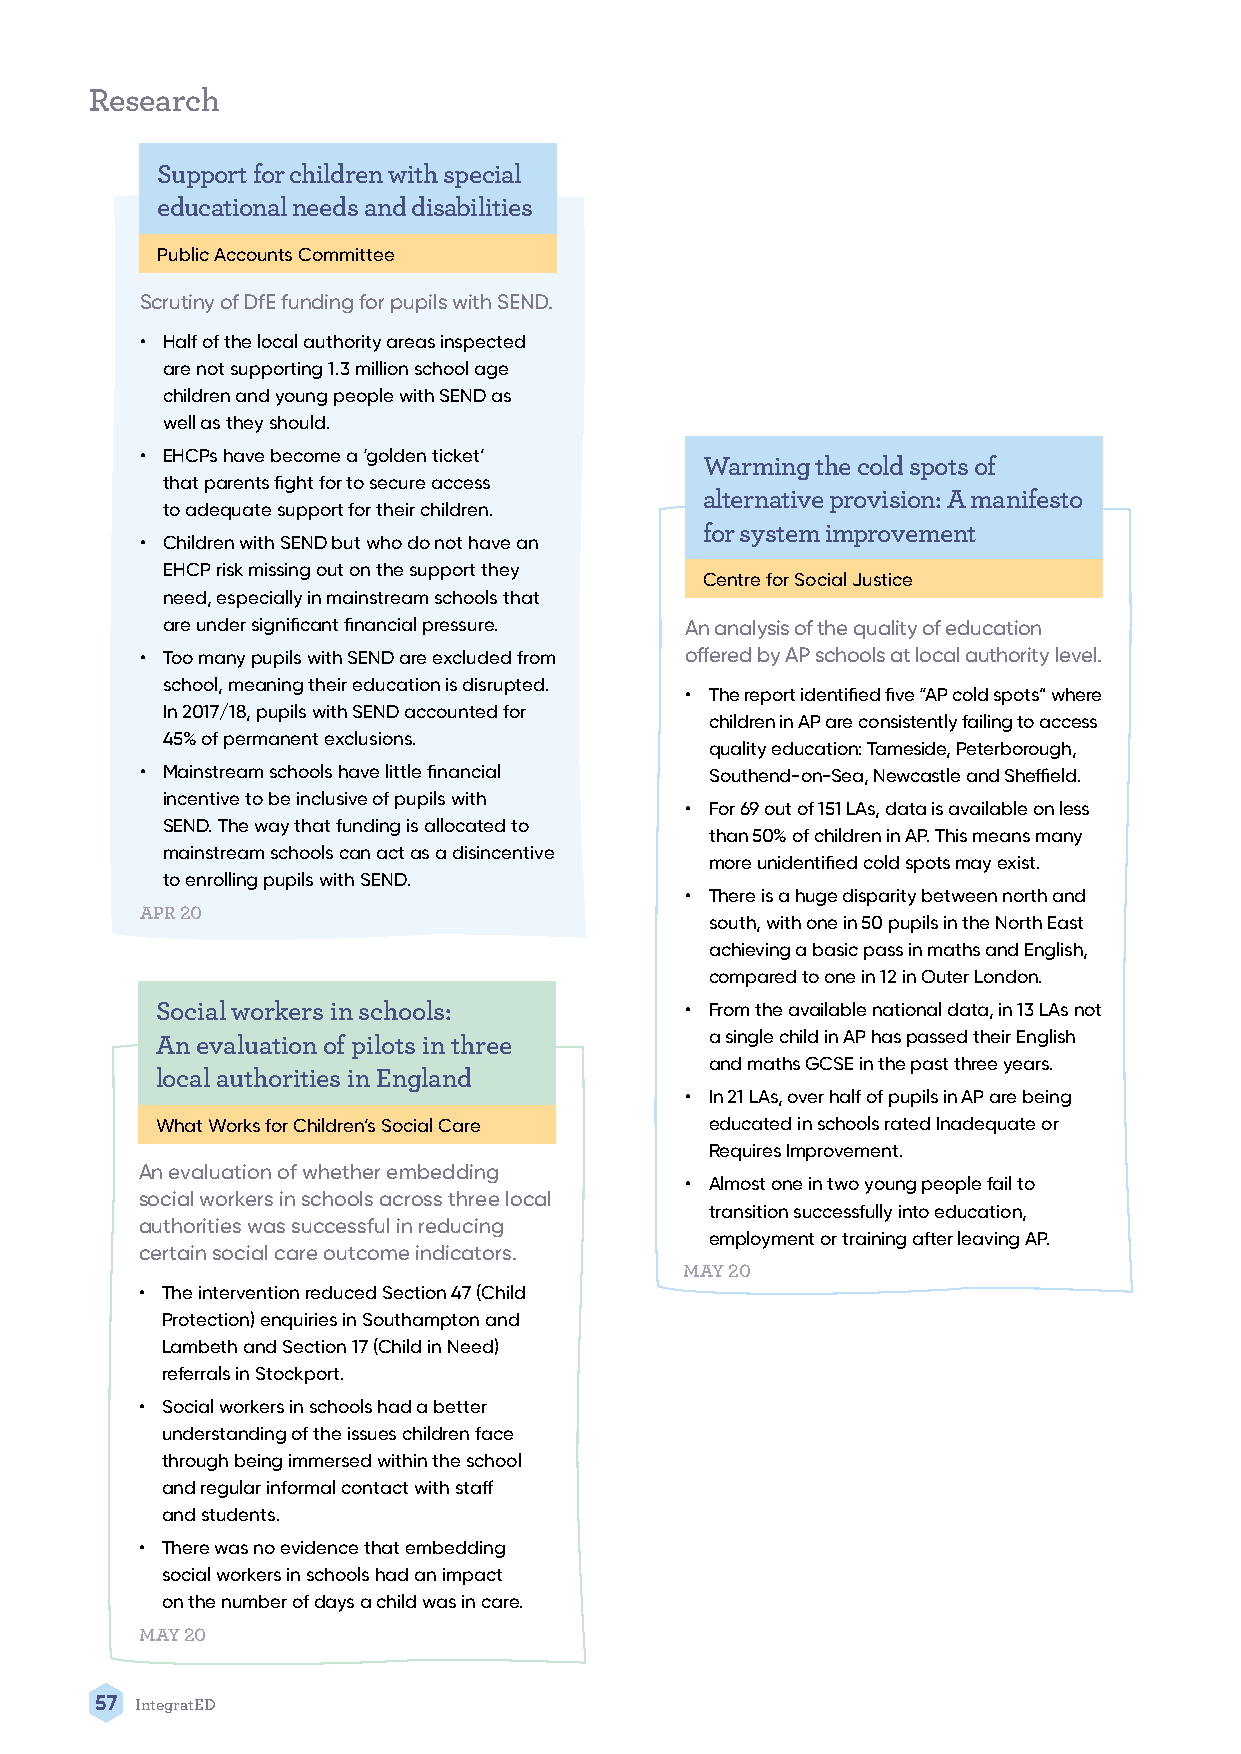
Research
 Support for children with special
 educational needs and disabilities
 Public Accounts Committee
 Scrutiny of DfE funding for pupils with SEND.
 • Half of the local authority areas inspected
 are not supporting 1.3 million school age
 children and young people with SEND as
 well as they should.
 • EHCPs have become a ‘golden ticket’
 Warming the cold spots of
 that parents fight for to secure access
 alternative provision: A manifesto
 to adequate support for their children.
 for system improvement
 • Children with SEND but who do not have an
 EHCP risk missing out on the support they
 Centre for Social Justice
 need, especially in mainstream schools that
 are under significant financial pressure. An analysis of the quality of education
 • Too many pupils with SEND are excluded from offered by AP schools at local authority level.
 school, meaning their education is disrupted.
 • The report identified five “AP cold spots” where
 In 2017/18, pupils with SEND accounted for
 children in AP are consistently failing to access
 45% of permanent exclusions.
 quality education: Tameside, Peterborough,
 • Mainstream schools have little financial Southend-on-Sea, Newcastle and Sheffield.
 incentive to be inclusive of pupils with
 • For 69 out of 151 LAs, data is available on less
 SEND. The way that funding is allocated to
 than 50% of children in AP. This means many
 mainstream schools can act as a disincentive
 more unidentified cold spots may exist.
 to enrolling pupils with SEND.
 • There is a huge disparity between north and
 APR 20
 south, with one in 50 pupils in the North East
 achieving a basic pass in maths and English,
 compared to one in 12 in Outer London.
 Social workers in schools:         • From the available national data, in 13 LAs not
 An evaluation of pilots in three     a single child in AP has passed their English
 and maths GCSE in the past three years.
 local authorities in England
 • In 21 LAs, over half of pupils in AP are being
 What Works for Children’s Social Care educated in schools rated Inadequate or
 Requires Improvement.
 An evaluation of whether embedding
 • Almost one in two young people fail to
 social workers in schools across three local
 transition successfully into education,
 authorities was successful in reducing
 employment or training after leaving AP.
 certain social care outcome indicators.
 MAY 20
 • The intervention reduced Section 47 (Child
 Protection) enquiries in Southampton and
 Lambeth and Section 17 (Child in Need)
 referrals in Stockport.
 • Social workers in schools had a better
 understanding of the issues children face
 through being immersed within the school
 and regular informal contact with staff
 and students.
 • There was no evidence that embedding
 social workers in schools had an impact
 on the number of days a child was in care.
 MAY 20
 57 IntegratED